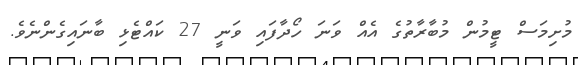
މުށިމަސް ޓީމުން މުބާރާތުގެ އެއް ވަނަ ހޯދާފައި ވަނީ 27 ކައްޓެޅި ބާނައިގެންނެވެ.